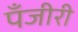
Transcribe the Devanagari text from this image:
पँजीरी